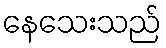
နေသေးသည်